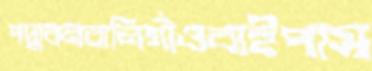
পদ্মবনবালিগাঁওবাইপাস